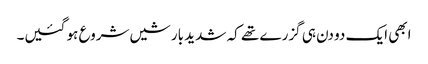
ابھی ایک دو دن ہی گزرے تھے کہ شدید بارشیں شروع ہو گئیں۔